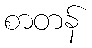
စာတန်